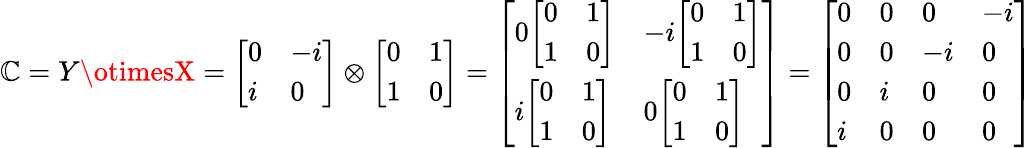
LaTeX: \mathbb{C}=Y\otimesX={\left[\begin{array}{ll}{0}&{-i}\\ {i}&{0}\end{array}\right]}\otimes{\left[\begin{array}{ll}{0}&{1}\\ {1}&{0}\end{array}\right]}={\left[\begin{array}{ll}{0{\left[\begin{array}{ll}{0}&{1}\\ {1}&{0}\end{array}\right]}}&{-i{\left[\begin{array}{ll}{0}&{1}\\ {1}&{0}\end{array}\right]}}\\ {i{\left[\begin{array}{ll}{0}&{1}\\ {1}&{0}\end{array}\right]}}&{0{\left[\begin{array}{ll}{0}&{1}\\ {1}&{0}\end{array}\right]}}\end{array}\right]}={\left[\begin{array}{llll}{0}&{0}&{0}&{-i}\\ {0}&{0}&{-i}&{0}\\ {0}&{i}&{0}&{0}\\ {i}&{0}&{0}&{0}\end{array}\right]}